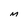
Character: M